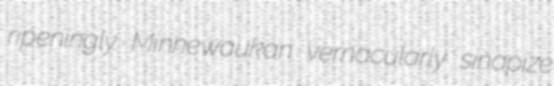
ripeningly Minnewaukan vernacularly sinapize